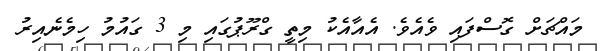
މައްޗަށް ގޮސްފައި ވެއެވެ. އެއާއެކު މިތީ ގްރޫޕުގައި މި 3 ގައުމު ހިމެނެއިރު